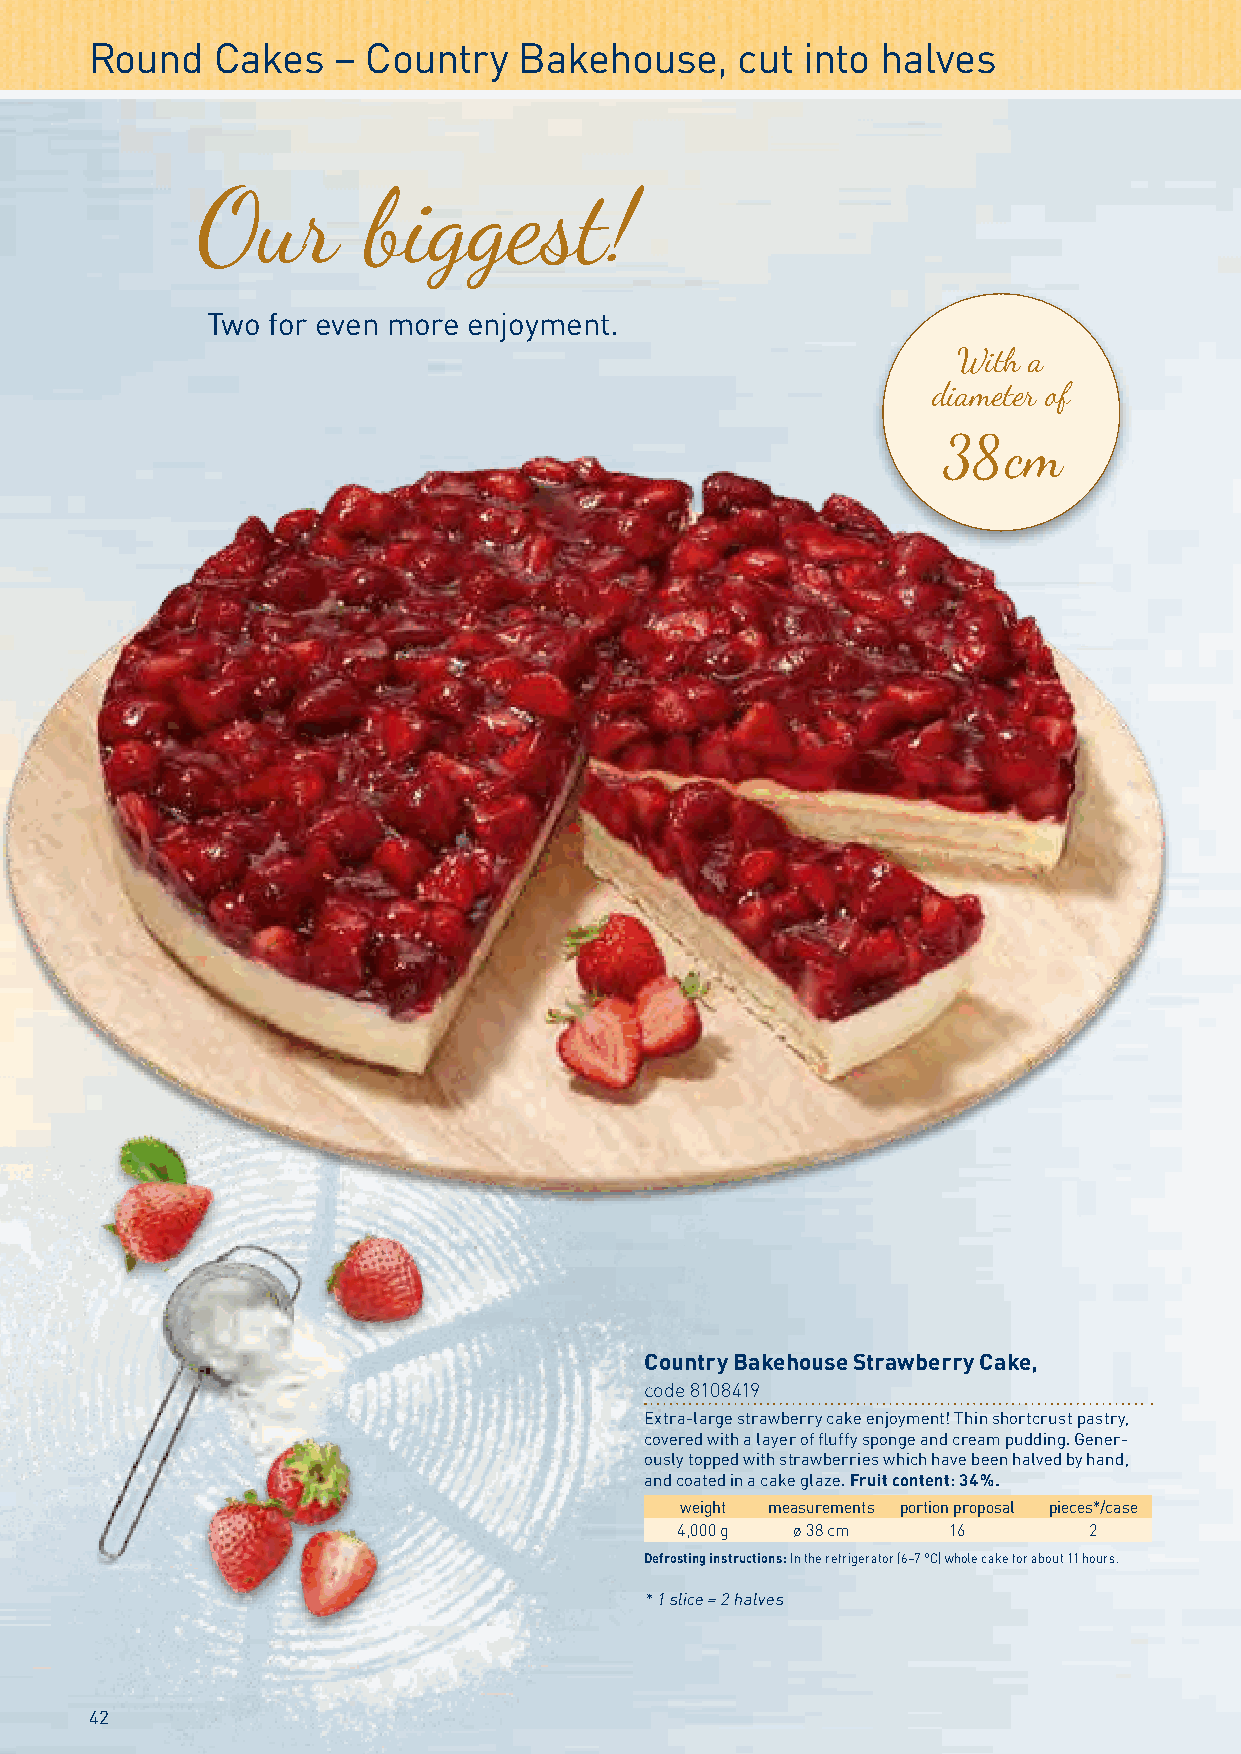
Round   Cakes   – Country   Bakehouse,     cut into halves
 Our        biggest!
 Two for even more enjoyment.
 With a
 diameter of
 38   cm
 Country Bakehouse Strawberry Cake,
 code 8108419
 Extra-large strawberry cake enjoyment! Thin shortcrust pastry,
 covered with a layer of fluffy sponge and cream pudding. Gener-
 ously topped with strawberries which have been halved by hand,
 and coated in a cake glaze. Fruit content: 34 %.
 weight measurements portion proposal pieces*/case
 4,000 g ø 38 cm   16       2
 Defrosting instructions: In the refrigerator (6–7 °C) whole cake for about 11 hours.
 * 1 slice = 2 halves
 42